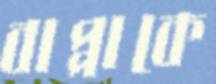
বাপ্পাকে